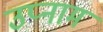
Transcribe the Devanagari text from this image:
उप्नाम